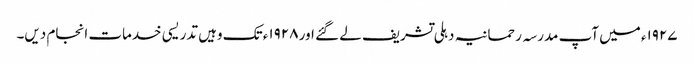
۱۹۲۷ء میں آپ مدرسہ رحمانیہ دہلی تشریف لے گئے اور ۱۹۲۸ء تک وہیں تدریسی خدمات انجام دیں۔